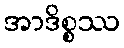
အာဒိစ္စဿ